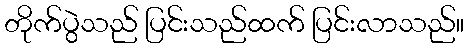
တိုက်ပွဲသည် ပြင်းသည်ထက် ပြင်းလာသည်။